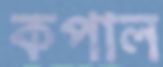
কপাল